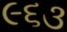
૯૬૩